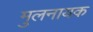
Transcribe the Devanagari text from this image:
मुलनायक